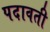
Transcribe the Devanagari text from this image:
पदावती